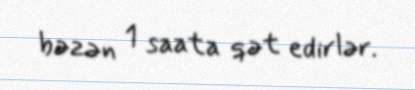
bəzən 1 saata qət edirlər.